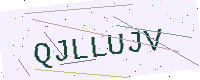
Text: QJLLUJV